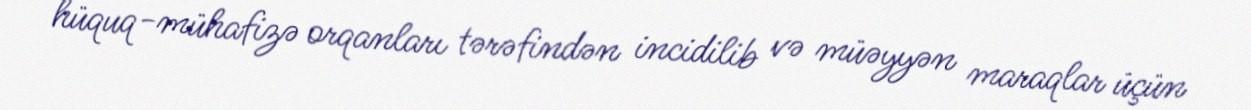
hüquq-mühafizə orqanları tərəfindən incidilib və müəyyən maraqlar üçün